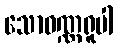
သောဝဏ္ဏရူပါ